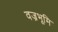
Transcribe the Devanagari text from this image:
वज्रभूमि